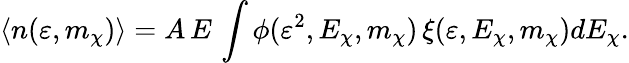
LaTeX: \langle n(\varepsilon,m_{\chi})\rangle=A\, E\, \int\phi(\varepsilon^{2},E_{\chi},m_{\chi})\, \xi(\varepsilon,E_{\chi},m_{\chi})dE_{\chi}.